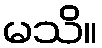
မသိ။